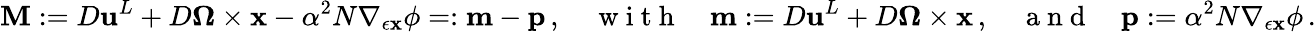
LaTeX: \mathbf{M}:={D}{\mathbf{u}}^{L}+{D}\boldsymbol{\Omega}\times{\mathbf{x}}-\alpha^{2}N\nabla_{\epsilon{\mathbf{x}}}\phi=:\mathbf{m}-\mathbf{p}\, ,\quad\mathrm{~w~i~t~h~}\quad\mathbf{m}:={D}{\mathbf{u}}^{L}+{D}\boldsymbol{\Omega}\times{\mathbf{x}}\, ,\quad\mathrm{~a~n~d~}\quad\mathbf{p}:=\alpha^{2}N\nabla_{\epsilon{\mathbf{x}}}\phi\, .